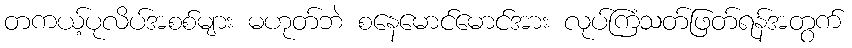
တကယ့်ပုလိပ်အစစ်များ မဟုတ်ဘဲ စနေမောင်မောင်အား လုပ်ကြံသတ်ဖြတ်ရန်အတွက်